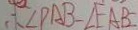
\therefore \angle P A B - \angle E A B =